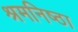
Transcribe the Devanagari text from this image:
श्रमनिष्ठा